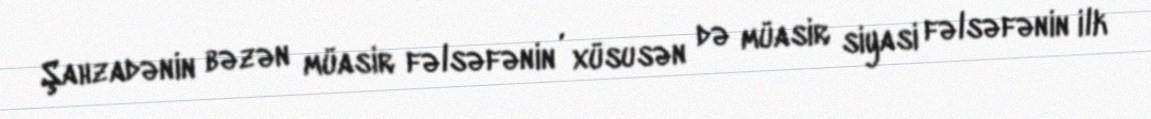
Şahzadənin bəzən müasir fəlsəfənin , xüsusən də müasir siyasi fəlsəfənin ilk